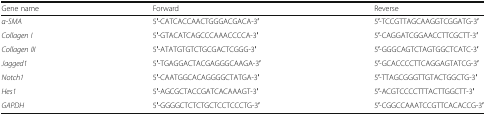
| Gene name | Forward | Reverse |
 | --- | --- | --- |
 | α-SMA | 5′-CATCACCAACTGGGACGACA-3′ | 5′-TCCGTTAGCAAGGTCGGATG-3′ |
 | Collagen I | 5′-GTACATCAGCCCAAACCCCA-3′ | 5′-CAGGATCGGAACCTTCGCTT-3′ |
 | Collagen III | 5′-ATATGTGTCTGCGACTCGGG-3′ | 5′-GGGCAGTCTAGTGGCTCATC-3′ |
 | Jagged1 | 5′-TGAGGACTACGAGGGCAAGA-3′ | 5′-GCACCCCTTCAGGAGTATCG-3′ |
 | Notch1 | 5′-CAATGGCACAGGGGCTATGA-3′ | 5′-TTAGCGGGTTGTACTGGCTG-3′ |
 | Hes1 | 5′-AGCGCTACCGATCACAAAGT-3′ | 5′-ACGTCCCCTTTACTTGGCTT-3′ |
 | GAPDH | 5′-GGGGCTCTCTGCTCCTCCCTG-3′ | 5′-CGGCCAAATCCGTTCACACCG-3′ |